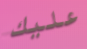
عليك